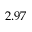
2 . 9 7